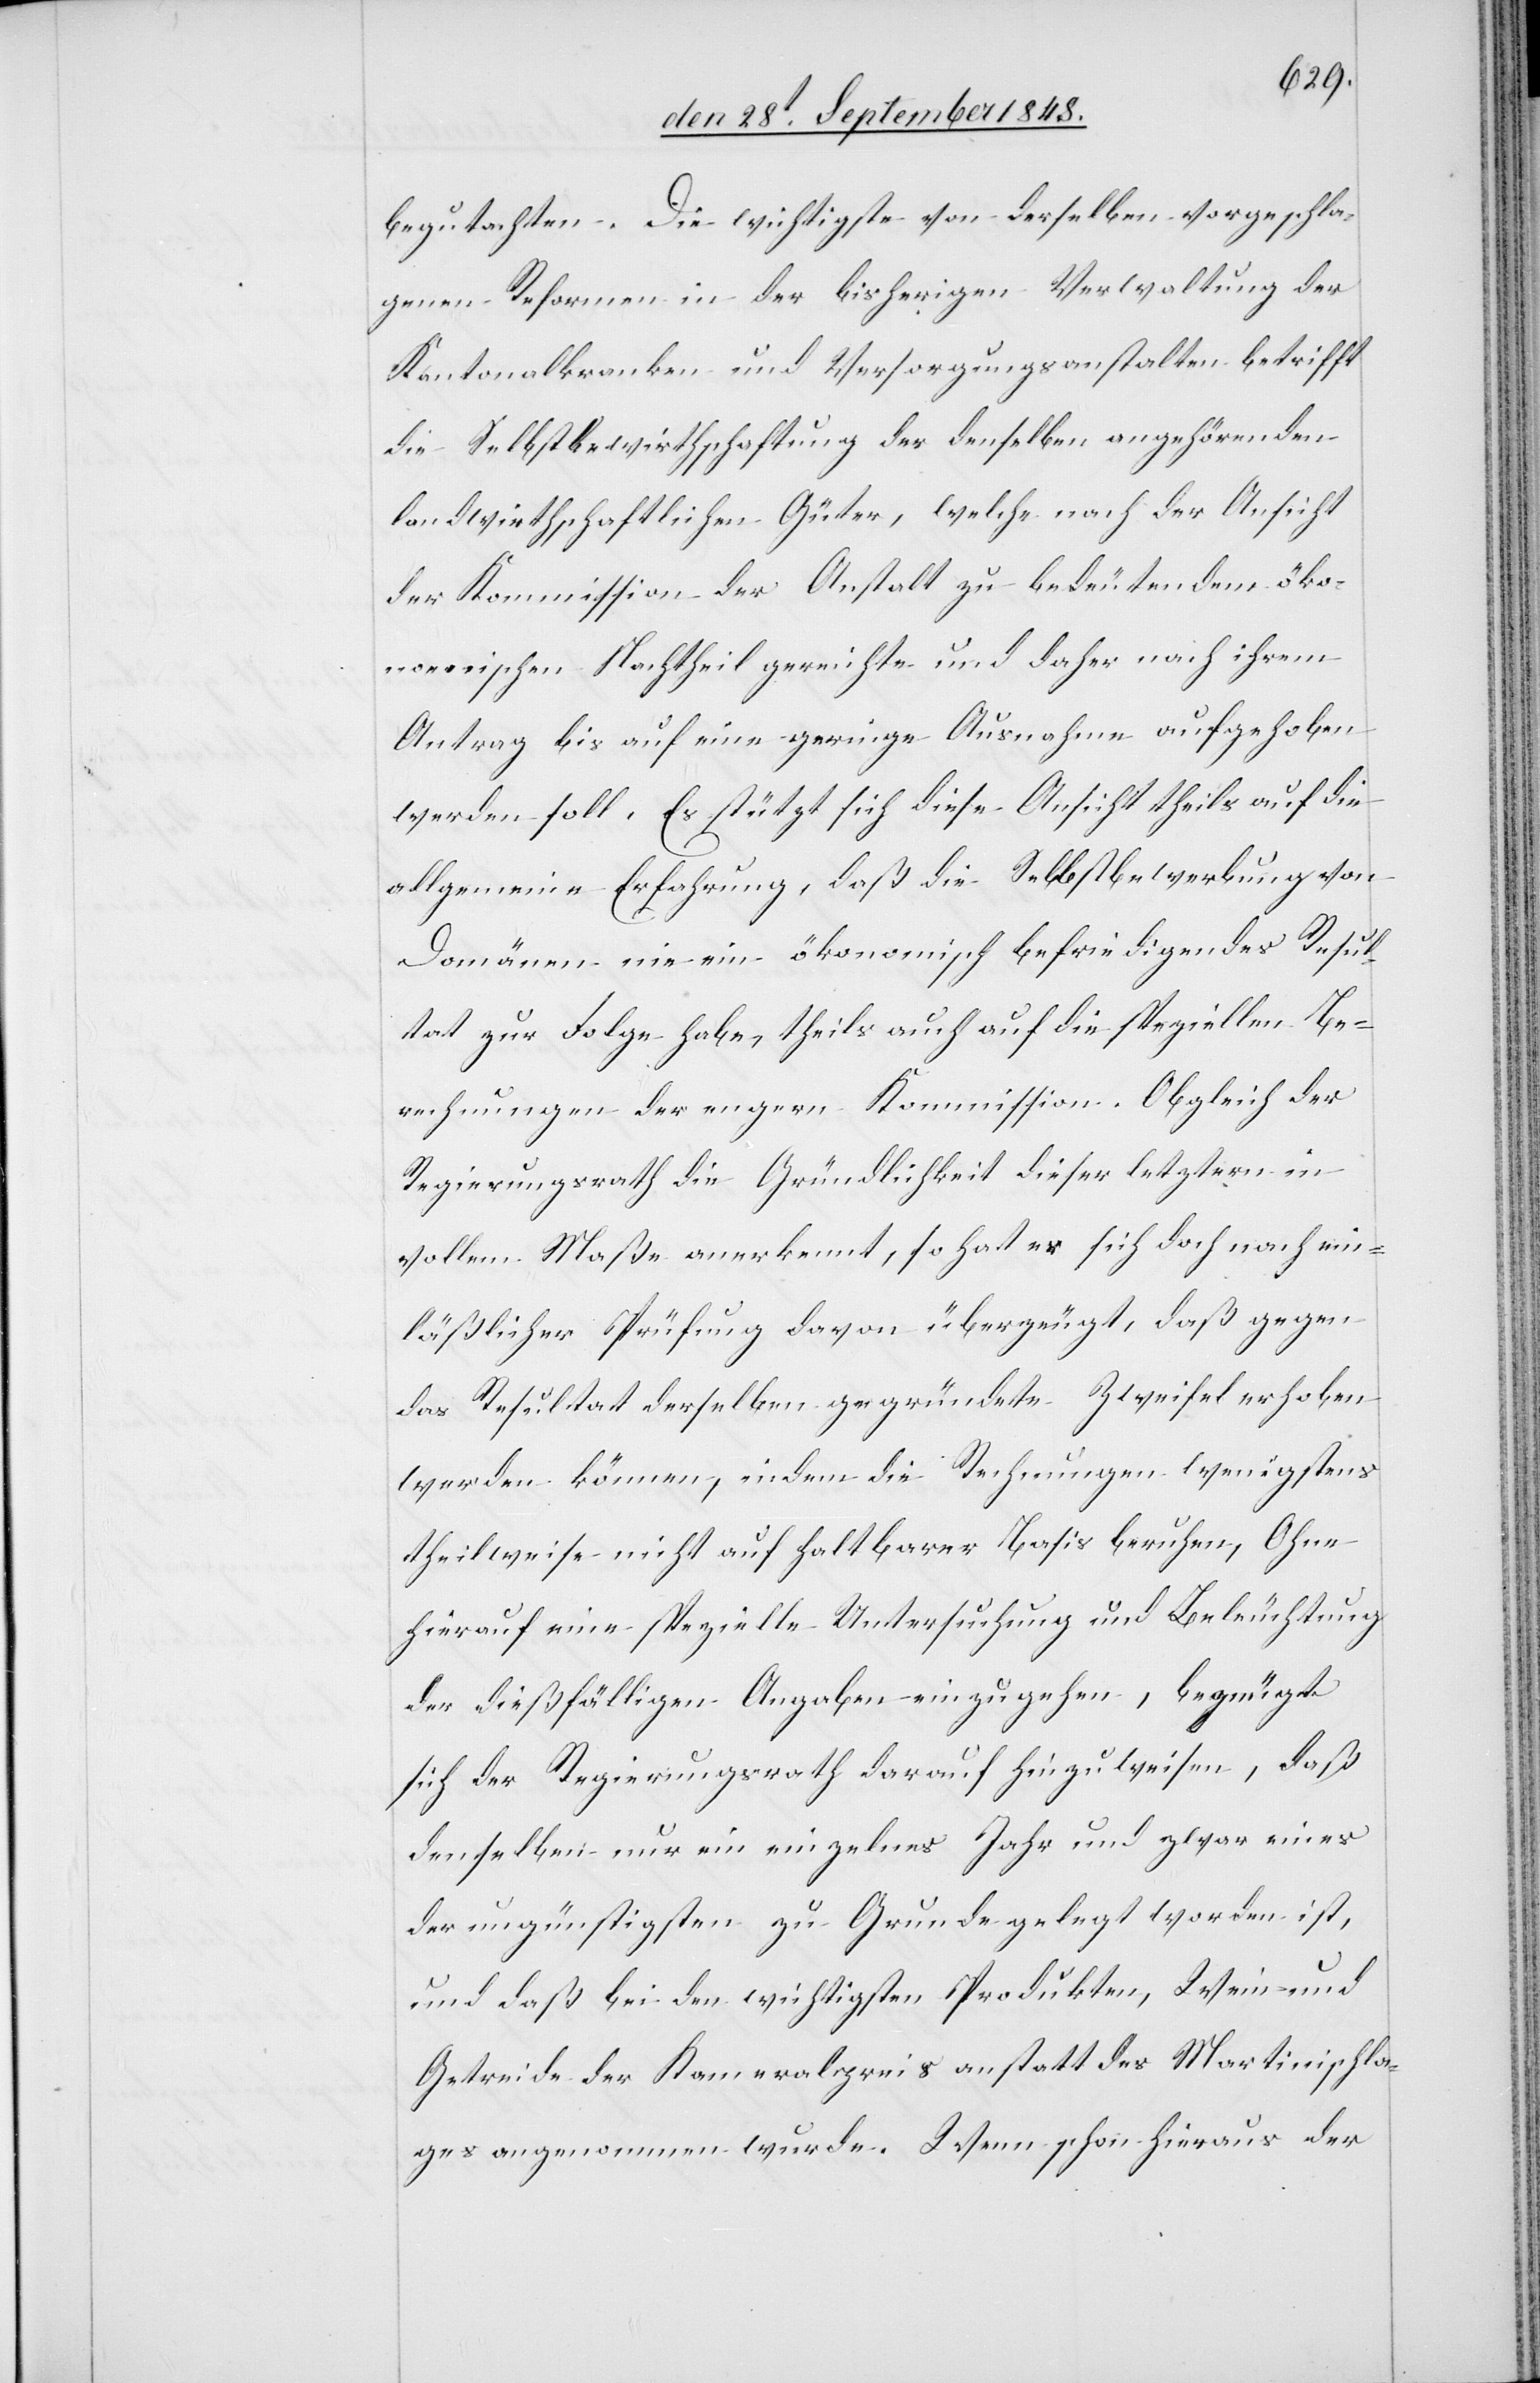
begutachten. Die wichtigste von derselben vorgeschla¬
genen Reformen in der bisherigen Verwaltung der
Kantonalkranken und Versorgungsanstalten betrifft
die Selbstbewirthschaftung der denselben angehörenden
landwirthschaftlichen Güter, welche nach der Ansicht
des Kommission der Anstalt zu bedeutendem öko¬
nomischen Nachtheil gereichte und daher nach ihrem
Antrag bis auf eine geringe Ausnahme aufgehoben
werden soll. Es stützt sich diese Ansicht theils auf die
allgemeine Erfahrung, daß die Selbstbewerbung von
Domänen nie ein ökonomisch befriedigendes Resul¬
tat zur Folge habe, theils auch auf die speziellen Be¬
rechnungen der engern Kommission. Obgleich der
Regierungsrath die Gründlichkeit dieser letztern in
vollem Maße anerkennt, so hat es sich doch nach ein¬
läßlicher Prüfung davon überzeugt, daß gegen
das Resultat derselben gegründete Zweifel erhoben
werden können, indem die Rechnungen wenigstens
theilweise nicht auf haltbarer Basis beruhen. Ohne
hierauf eine spezielle Untersuchung und Beleuchtung
der dießfälligen Angaben einzugehen, begnügt
sich der Regierungsrath darauf hinzuweisen, daß
denselben nur ein einzelnes Jahr und zwar eines
der ungünstigsten zu Grunde gelegt worden ist,
und daß bei den wichtigsten Produkten, Wein und
Getreide der Kameralpreis anstatt des Martinischla¬
ges angenommen wurde. Wenn schon hieraus der